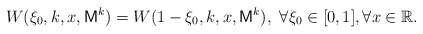
\begin{align*}W(\xi_0,k,x,\mathsf{M}^k)=W(1-\xi_0,k,x,\mathsf{M}^k), ~\forall \xi_0\in [0,1], \forall x\in\mathbb{R}.\end{align*}